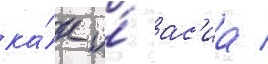
ка́к и́ ас'иа /